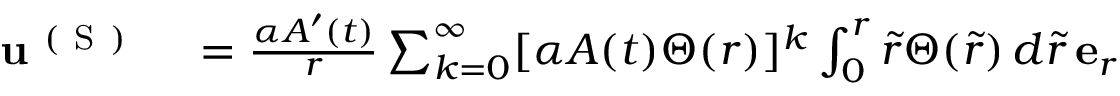
\begin{array} { r l } { \mathbf { u } ^ { \mathrm { ~ ( ~ S ~ ) ~ } } } & { { } = \frac { \alpha A ^ { \prime } ( t ) } { r } \sum _ { k = 0 } ^ { \infty } [ \alpha A ( t ) \Theta ( r ) ] ^ { k } \int _ { 0 } ^ { r } \tilde { r } \Theta ( \tilde { r } ) \, d \tilde { r } \, \mathbf { e } _ { r } } \end{array}